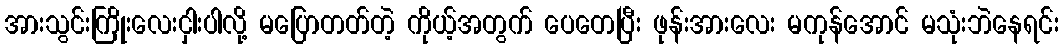
အားသွင်းကြိုးလေးငှါးပါလို့ မပြောတတ်တဲ့ ကိုယ့်အတွက် ပေတေပြီး ဖုန်းအားလေး မကုန်အောင် မသုံးဘဲနေရင်း